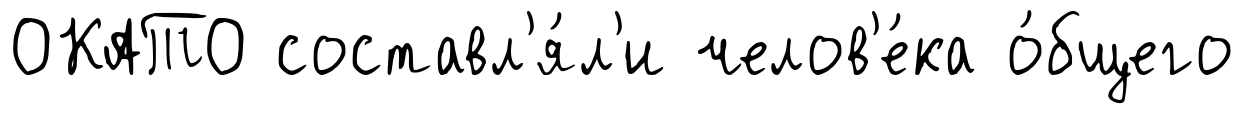
ОКАТО составл'я́л'и челов'е́ка о́бщего